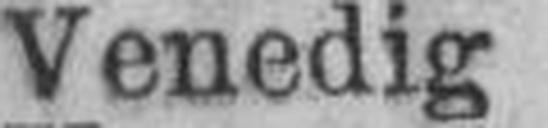
Venedig